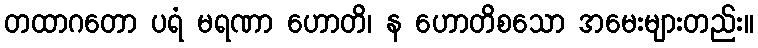
တထာဂတော ပရံ မရဏာ ဟောတိ၊ န ဟောတိစသော အမေးများတည်း။